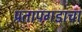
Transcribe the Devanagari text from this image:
प्रतापगडाचा